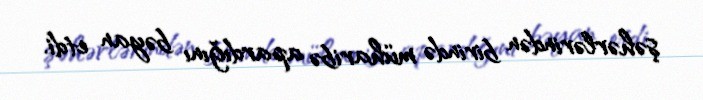
şəhərlərindən birində müharibə apardığını bəyan etdi.